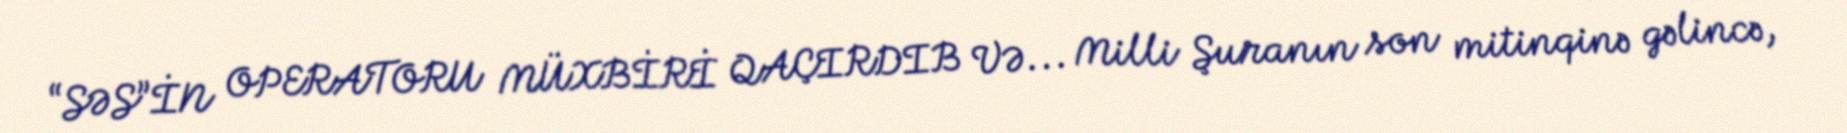
“SƏS”İN OPERATORU MÜXBİRİ QAÇIRDIB VƏ... Milli Şuranın son mitinqinə gəlincə,